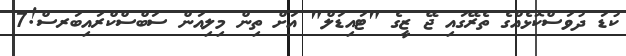
ކުޑަ ދުވަސްކޮޅެއްގެ ތެރޭގައި ޖޭ ޒީގެ "ޓައިޑަލް" އަށް ތިން މިލިއަން ސަބްސްކްރައިބަރސް!7